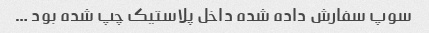
سوپ سفارش داده شده داخل پلاستیک چپ شده بود …